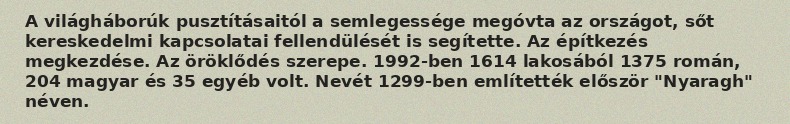
A világháborúk pusztításaitól a semlegessége megóvta az országot, sőt kereskedelmi kapcsolatai fellendülését is segítette. Az építkezés megkezdése. Az öröklődés szerepe. 1992-ben 1614 lakosából 1375 román, 204 magyar és 35 egyéb volt. Nevét 1299-ben említették először "Nyaragh" néven.